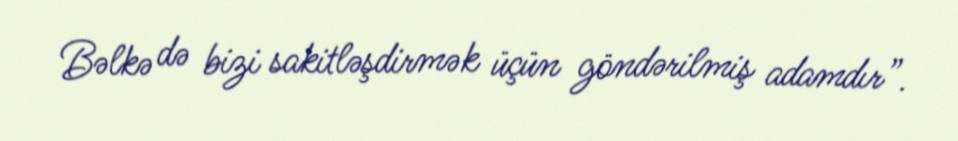
Bəlkə də bizi sakitləşdirmək üçün göndərilmiş adamdır”.